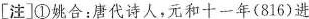
[注]①姚合：唐代诗人，元和十一年(816)进